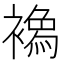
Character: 𧝌